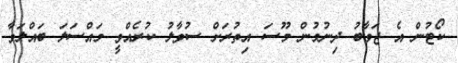
ކޯޓުން އެ ޖަވާބު ދިނުމުން މޫސަ އިތުރަށް ސުވާލު ކުރެއްވީ މައްސަލަ ބައްލަވާ